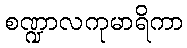
စဏ္ဍာလကုမာရိကာ